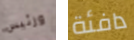
ورئيس دافئة